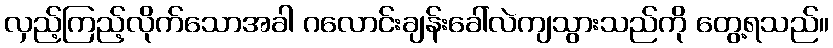
လှည့်ကြည့်လိုက်သောအခါ ဂလောင်းချန်းခေါ်လဲကျသွားသည်ကို တွေ့ရသည်။